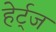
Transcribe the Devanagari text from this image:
हेर्ट्ज